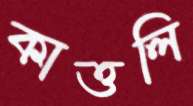
কাত্তলি